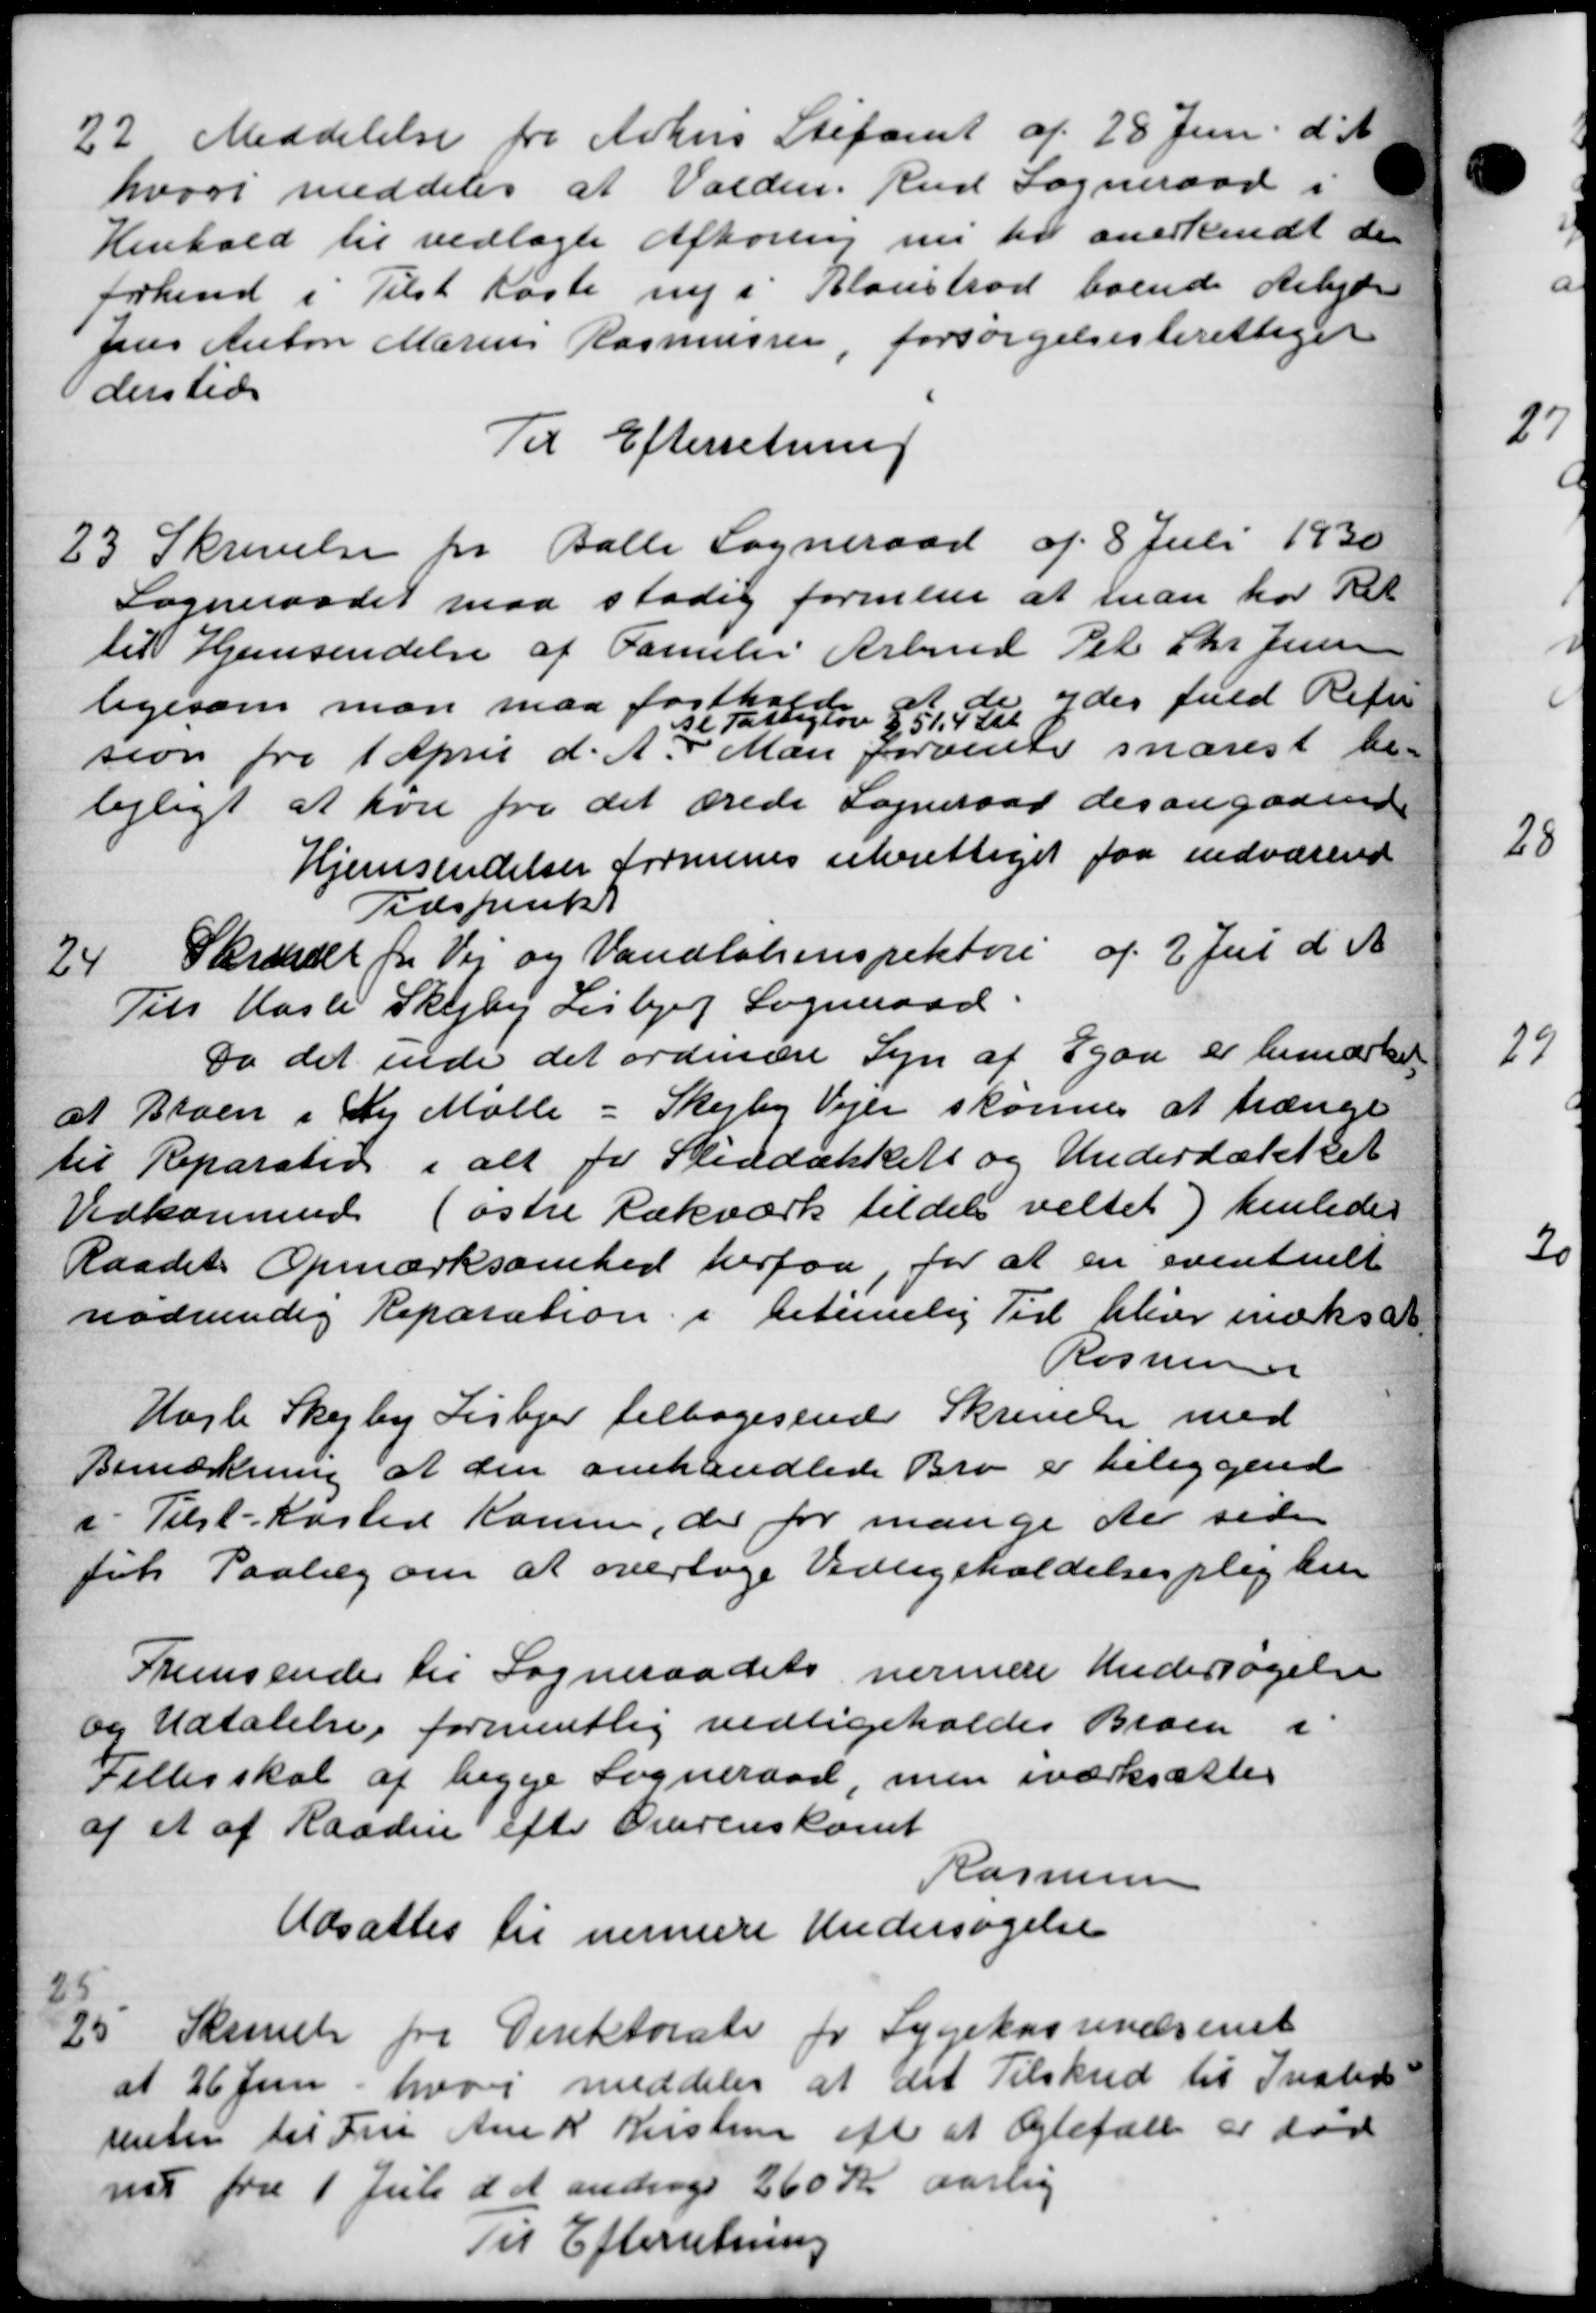
Transskription:
22.
Meddelelse fra Århus Stiftamt af 28 Juni d. A.
hvori meddeles at Valden. Rud Sogneraad i
Henhold til vedlagte Afhøring nu til anerkendt de
forhand i Tilst Kaste ny i Bloustrød boende Arbejde
Jens Anton Marius Rasmussen, forsørgelsesberettiget
dersted
Til Efterretning
23.
Skrivelse fra Balle Sogneraad af 8 Juli 1930
Sogneraadet maa stadig formene at man har Ret
til Hjemsendelse af Familie Arbmd Pet Chr. Jensen
ligesom man maa fastholde A de ydes fuld Refu
sion fra 1 April d. A.
26 Fattiglov § 51.4 Stk.
Man forvente snarest be-
lejligt at hver fra det ærede Sogneraad desangaaende
Hjemsendelser formenes uberettiget faa indværend
Tidspunkt
24
Skrædet fra Vej og Vandløbsinspektøre af 2 Juli d. A
Tiels Hasle Skejby Lisbjerg Sogneraad.
Da det ende det ordinære Syn af Egaa er bemærket
at Broen i Fr Mølle - Skejby Vejen skønnes at trænge
til Reparation i alt for Sliddækkets og Underdækket
Vedkommede (østre Rækværk tildels veltet) henledes
Raadets Opmærksomhed herfra, for at en eventuelt
nødvendig Reparation i betimelig Tid bliver indks at
Rasmussen
Hasle Skejby Lisbjer tilbagesende Skrivelse med
Bemærkning at den omhandlede Bro er beliggende
i Tilst-Kasted Komme, der for mange der siden
fik Paalæg om at overtage Vedligeholdelsesplig hen
Fremsender til Sogneraadets nærmere Undersøgelse
og Udtalelse formentlig vedligeholdes Broen i
Fillerskal af begge Sogneraad, men iværksættes
af et af Raaden efter Overenskomt
Rasmussen
Udsattes til nærmere Undersøgelse
25
25.
Skrivelse fra Direktorate for Sygekassevæsenet
af 26 Juni hvor meddeler at det Tilskud til Insted
renter til Fru Ane K Kristine efter at Opbefale er død
nu fra 1 Juli d A andrage 260 Kr aarlig
Til Efterretning